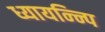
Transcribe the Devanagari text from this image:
ध्यायन्न्पि